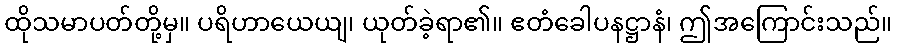
ထိုသမာပတ်တို့မှ။ ပရိဟာယေယျ၊ ယုတ်ခဲ့ရာ၏။ ဧတံခေါပနဋ္ဌာနံ၊ ဤအကြောင်းသည်။